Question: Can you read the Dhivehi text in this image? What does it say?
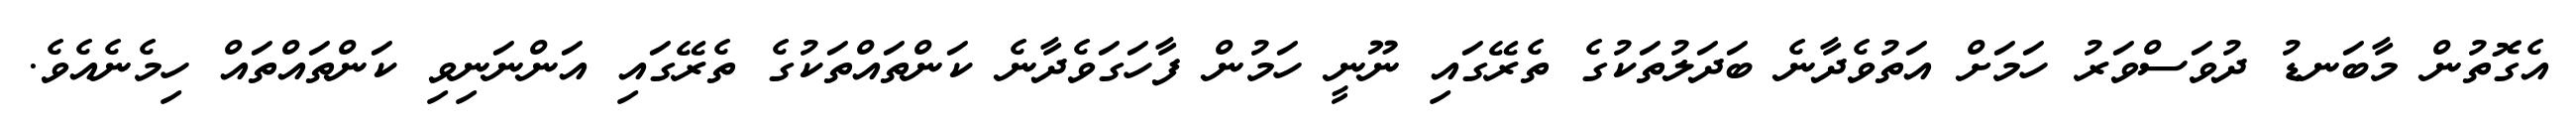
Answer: އެގޮތުން މާބަނޑު ދުވަސްވަރު ހަމަށް އަތުވެދާނެ ބަދަލުތަކުގެ ތެރޭގައި ނޫނީ ހަމުން ފާހަގަވެދާނެ ކަންތައްތަކުގެ ތެރޭގައި އަންނަނިވި ކަންތައްތައް ހިމެނެއެވެ.